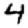
Digit: 4